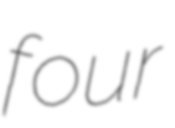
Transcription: four